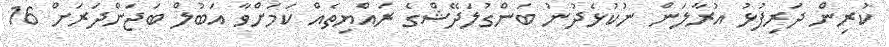
ކުރިން ދަރިފުޅު އުރާލަން ނުކުޅެދުނު ބަންގުލަދޭޝްގެ ރައްޔިތެއް ކަމަށްވާ އަބުލް ބަޖަންދަރަށް 16